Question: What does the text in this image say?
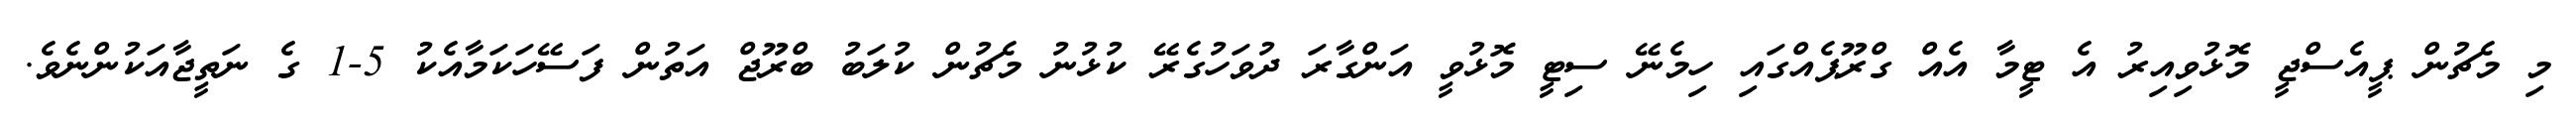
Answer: މި މެޗުން ޕީއެސްޖީ މޮޅުވިއިރު އެ ޓީމާ އެއް ގްރޫޕެއްގައި ހިމެނޭ ސިޓީ މޮޅުވީ އަންގާރަ ދުވަހުގެރޭ ކުޅުނު މެޗުން ކުލަބު ބްރޫޖް އަތުން ފަސޭހަކަމާއެކު 5-1 ގެ ނަތީޖާއަކުންނެވެ.